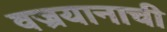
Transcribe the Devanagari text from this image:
वज्रयानाची